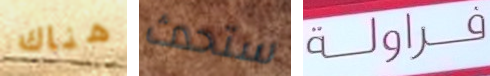
هناك ستحدث فراولة